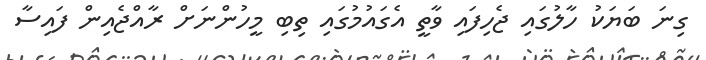
ގިނަ ބަޔަކު ހާލުގައި ޖެހިފައި ވާތީ އެގައުމުގައި ތިބި މީހުންނަށް ރާއްޖެއިން ފައިސާ